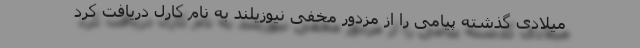
میلادی گذشته پیامی را از مزدور مخفی نیوزیلند به نام کارل دریافت کرد